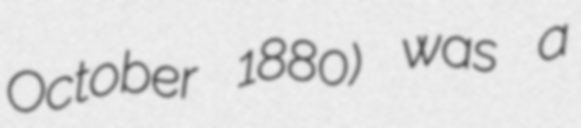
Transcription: October 1880) was a